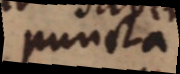
puncta